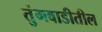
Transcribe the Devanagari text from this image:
तुंगवाडीतील